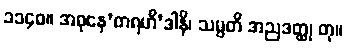
၁၁၄၀။ အဓုနေ’တရဟီ’ဒါနိ၊ သမ္ပတိ အညဒတ္ထု တု။